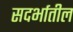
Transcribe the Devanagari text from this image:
सदर्भातील